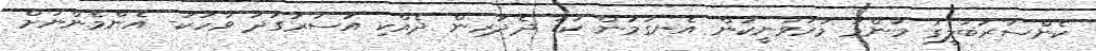
ކެންސަރުބަލީގަ މަންމަ މަރުވަނީކަން އެނގުމުން ކުޑަ ދެދަރިން ދެއްކި އަސަރުގަދަ ވާހަކަ- އެންމެންނަށް